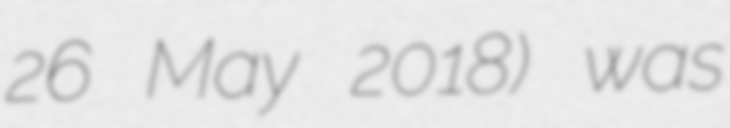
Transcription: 26 May 2018) was